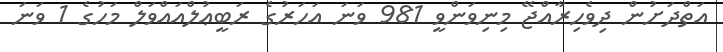
އަތްދަށުން ދިވެހިރާއްޖޭ މިނިވަންވީ 981 ވަނަ އަހަރުގެ ރަބީޢުލްއައްވަލް މަހުގެ 1 ވަނަ